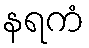
နရကံ